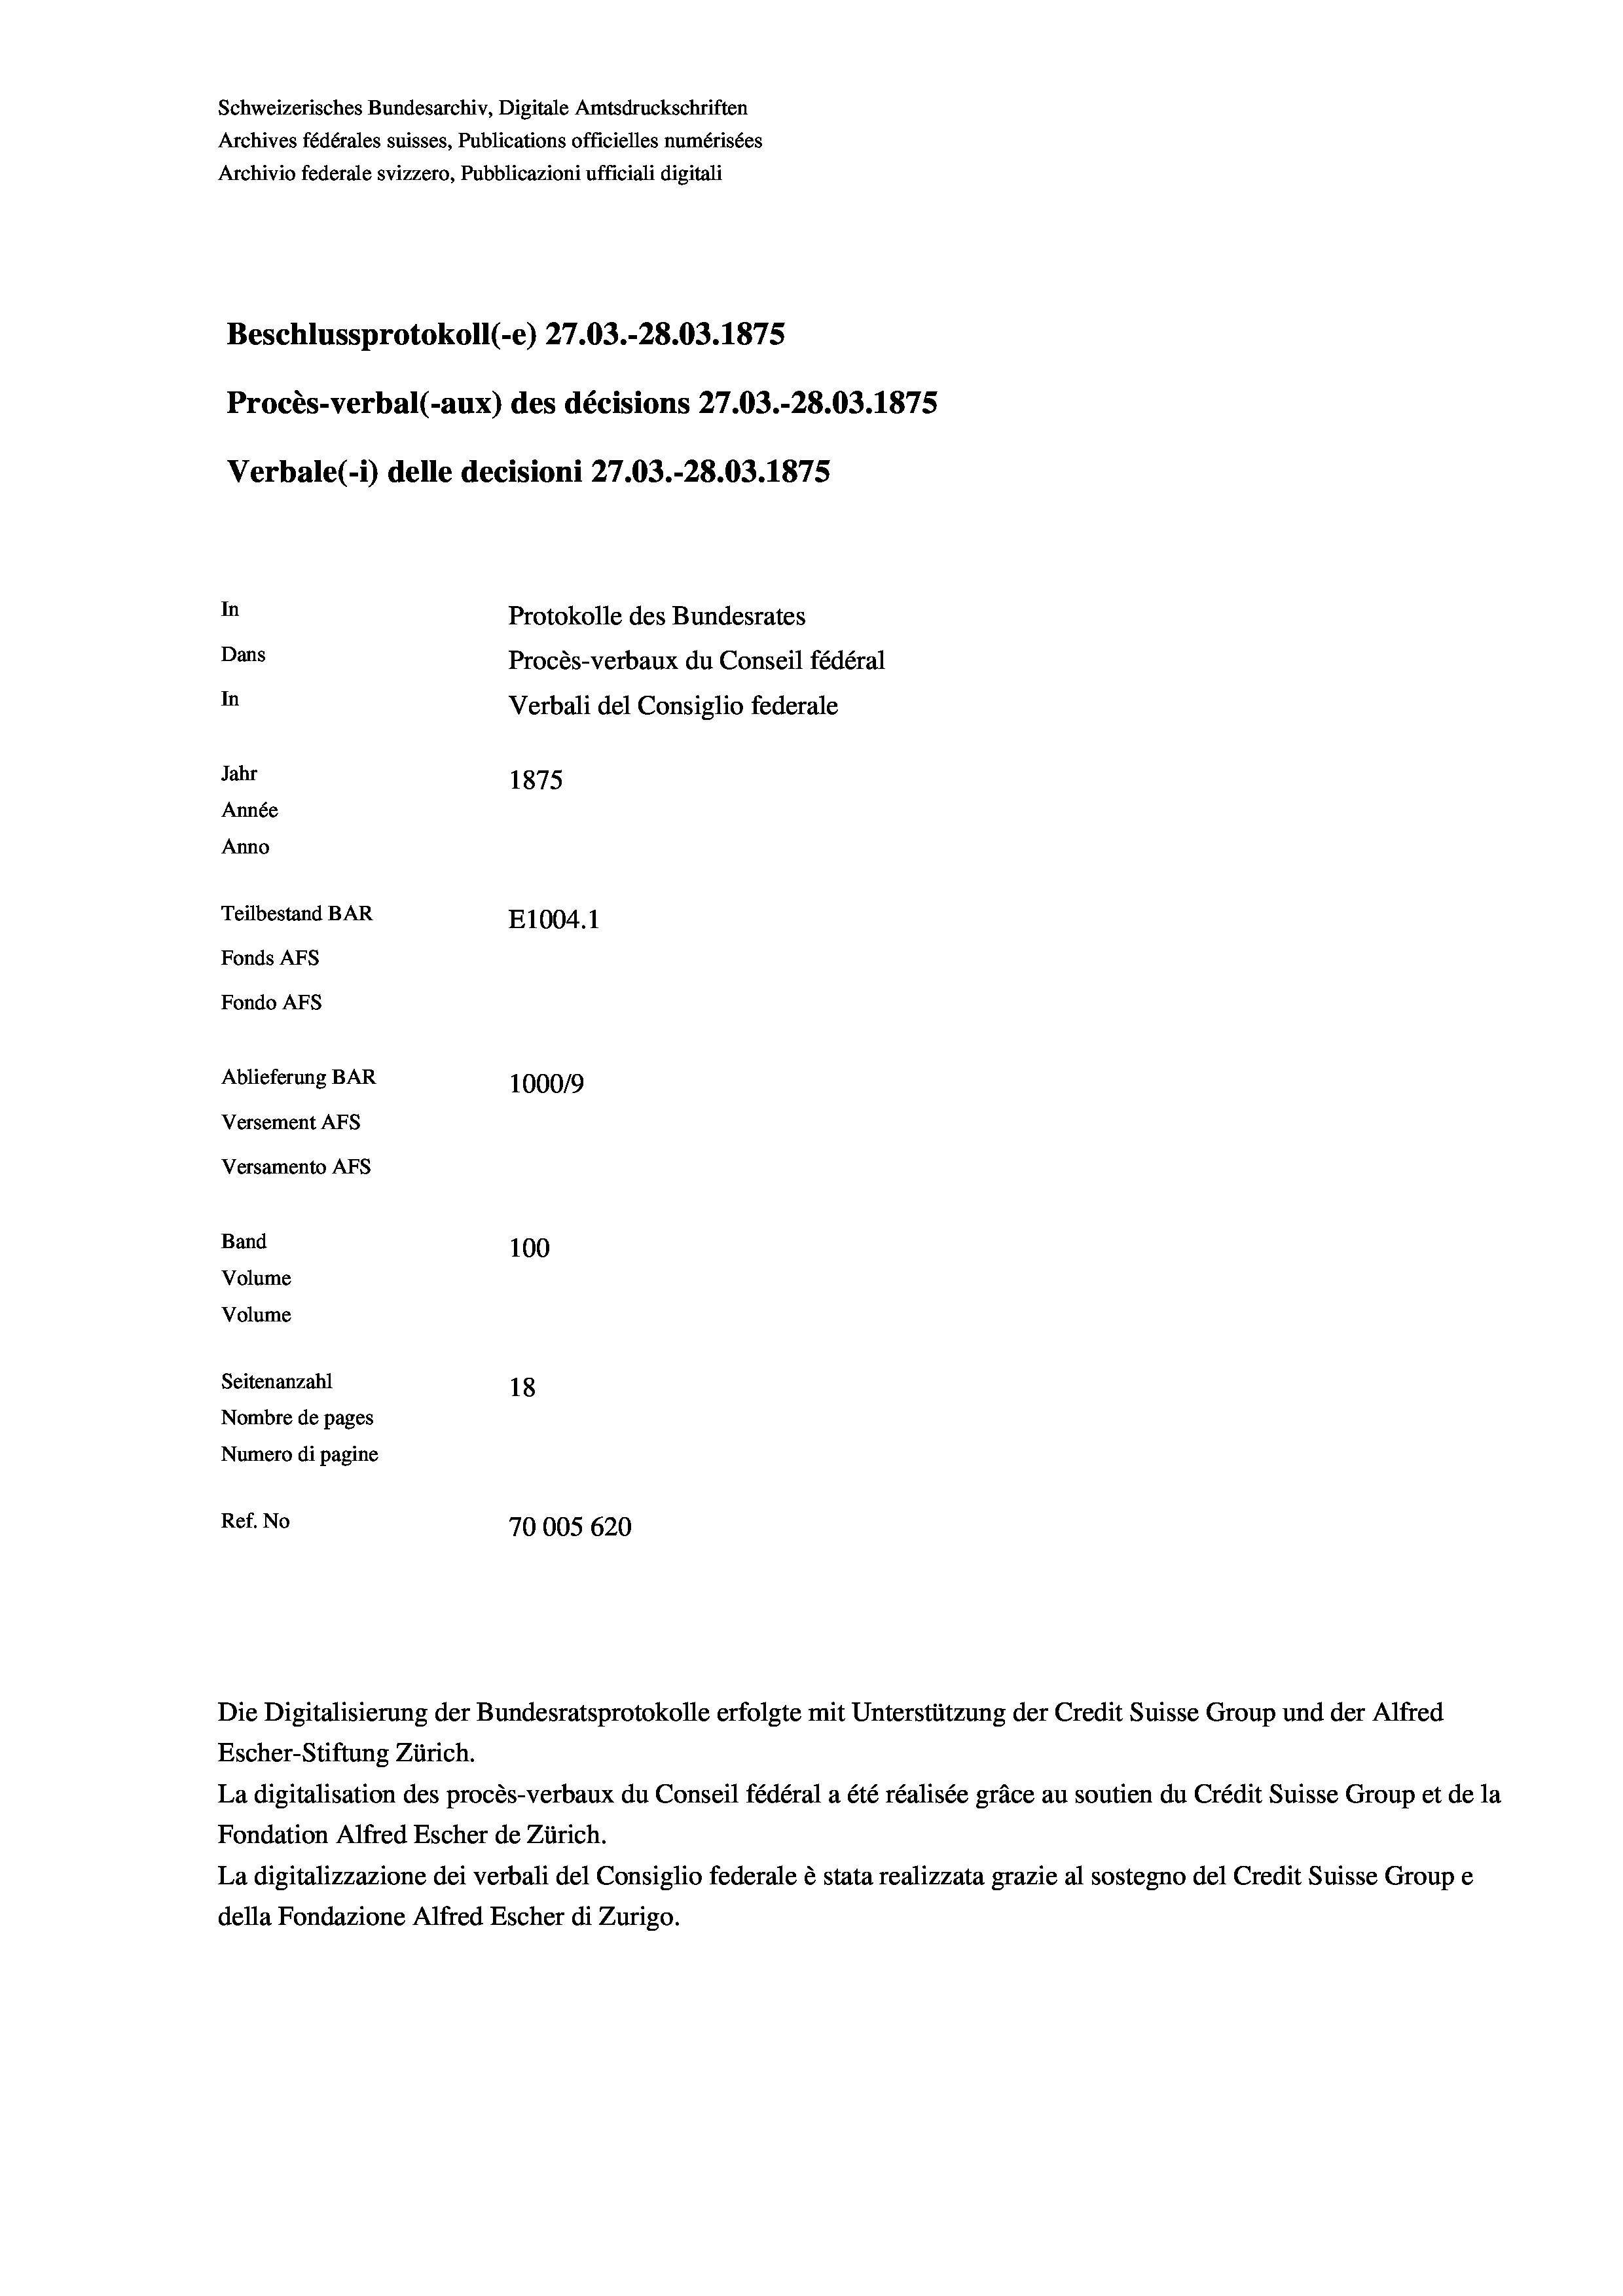
Schweizerisches Bundesarchiv, Digitale Amtsdruckschriften
Archives fédérales suisses, Publications officielles numérisées
Archivio federale svizzero, Pubblicazioni ufficiali digitali
Beschlussprotokoll (-e) 27.03.-28.03. 1875
Procès-verbal (-aux) des décisions 27.03.-28.03. 1875
Verbale(1) delle decisioni 27.03.-28.03. 1875
In
Protokolle des Bundesrates
Dans
Procès-verbaux du Conseil fédéral
In
Verbali del Consiglio federale
Jahr
1875
Année
Anno
Teilbestand BAR
E1004.1
Fonds AFs
Fondo AFs
Ablieferung BAR
100019
Versement AFs
Versamento Afs

100
Seitenanzahl
18
Nombre de pages
Numero di pagine
Ref. No
70005 620

Band
Volume

Volume

Escher-Stiftung Zürich.
La digitalisation des procès-verbaux du Conseil fédéral a été réalisée gräce au soutien du Crédit Suisse Group et de la
Fondation Alfred Escher de Zürich.
La digitalizzazione dei verbali del Consiglio federale è stata realizzata grazie al sostegno del Credit Suisse Groupe
della Fondazione Alfred Escher di Zurigo.

Die Digitalisierung der Bundesratsprotokolle erfolgte mit Unterstützung der Credit Suisse Group und der Alfred